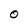
Character: O